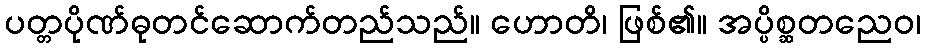
ပတ္တပိုဏ်ဓုတင်ဆောက်တည်သည်။ ဟောတိ၊ ဖြစ်၏။ အပ္ပိစ္ဆတညေဝ၊